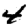
Digit: 4